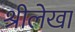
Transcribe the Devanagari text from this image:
श्रीलेखा